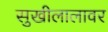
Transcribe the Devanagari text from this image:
सुखीलालावर